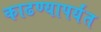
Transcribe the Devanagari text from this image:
काढण्यापर्यंत